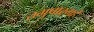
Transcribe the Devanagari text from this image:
तमुपास्महे